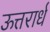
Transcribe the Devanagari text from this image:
ऊत्तरार्ध